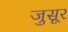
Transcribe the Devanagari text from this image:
जुसूर